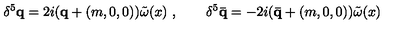
\delta ^ { 5 } { \mathbf q } = 2 i ( { \mathbf q } + ( m , 0 , 0 ) ) \tilde { \omega } ( x ) \ , \qquad \delta ^ { 5 } { \mathbf { \bar { q } } } = - 2 i ( { \mathbf { \bar { q } } } + ( m , 0 , 0 ) ) \tilde { \omega } ( x )